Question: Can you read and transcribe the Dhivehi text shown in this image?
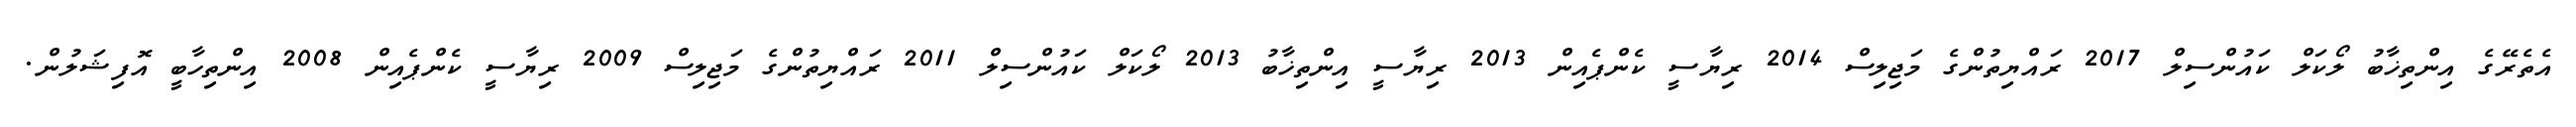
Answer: އެތެރޭގެ އިންތިޚާބު ލޯކަލް ކައުންސިލް 2017 ރައްޔިތުންގެ މަޖިލިސް 2014 ރިޔާސީ ކެންޕެއިން 2013 ރިޔާސީ އިންތިޚާބު 2013 ލޯކަލް ކައުންސިލް 2011 ރައްޔިތުންގެ މަޖިލިސް 2009 ރިޔާސީ ކެންޕެއިން 2008 އިންތިހާބީ އޮފިޝަލުން.